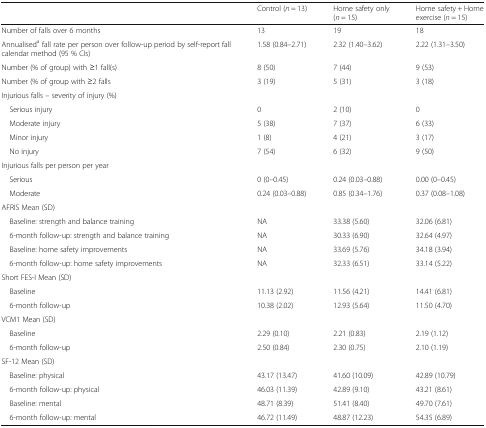
<table><thead><tr><td></td><td><b>Control (<i>n</i> = 13)</b></td><td><b>Home safety only (<i>n</i> = 15)</b></td><td><b>Home safety + Home exercise (<i>n</i> = 15)</b></td></tr></thead><tbody><tr><td>Number of falls over 6 months</td><td>13</td><td>19</td><td>18</td></tr><tr><td>Annualised<sup>a</sup> fall rate per person over follow-up period by self-report fall calendar method (95 % CIs)</td><td>1.58 (0.84–2.71)</td><td>2.32 (1.40–3.62)</td><td>2.22 (1.31–3.50)</td></tr><tr><td>Number (% of group) with ≥1 fall(s)</td><td>8 (50)</td><td>7 (44)</td><td>9 (53)</td></tr><tr><td>Number (% of group with ≥2 falls</td><td>3 (19)</td><td>5 (31)</td><td>3 (18)</td></tr><tr><td colspan="4">Injurious falls – severity of injury (%)</td></tr><tr><td> Serious injury</td><td>0</td><td>2 (10)</td><td>0</td></tr><tr><td> Moderate injury</td><td>5 (38)</td><td>7 (37)</td><td>6 (33)</td></tr><tr><td> Minor injury</td><td>1 (8)</td><td>4 (21)</td><td>3 (17)</td></tr><tr><td> No injury</td><td>7 (54)</td><td>6 (32)</td><td>9 (50)</td></tr><tr><td colspan="4">Injurious falls per person per year</td></tr><tr><td> Serious</td><td>0 (0–0.45)</td><td>0.24 (0.03–0.88)</td><td>0.00 (0–0.45)</td></tr><tr><td> Moderate</td><td>0.24 (0.03–0.88)</td><td>0.85 (0.34–1.76)</td><td>0.37 (0.08–1.08)</td></tr><tr><td colspan="4">AFRIS Mean (SD)</td></tr><tr><td> Baseline: strength and balance training</td><td>NA</td><td>33.38 (5.60)</td><td>32.06 (6.81)</td></tr><tr><td> 6-month follow-up: strength and balance training</td><td>NA</td><td>30.33 (6.90)</td><td>32.64 (4.97)</td></tr><tr><td> Baseline: home safety improvements</td><td>NA</td><td>33.69 (5.76)</td><td>34.18 (3.94)</td></tr><tr><td> 6-month follow-up: home safety improvements</td><td>NA</td><td>32.33 (6.51)</td><td>33.14 (5.22)</td></tr><tr><td colspan="4">Short FES-I Mean (SD)</td></tr><tr><td> Baseline</td><td>11.13 (2.92)</td><td>11.56 (4.21)</td><td>14.41 (6.81)</td></tr><tr><td> 6-month follow-up</td><td>10.38 (2.02)</td><td>12.93 (5.64)</td><td>11.50 (4.70)</td></tr><tr><td colspan="4">VCM1 Mean (SD)</td></tr><tr><td> Baseline</td><td>2.29 (0.10)</td><td>2.21 (0.83)</td><td>2.19 (1.12)</td></tr><tr><td> 6-month follow-up</td><td>2.50 (0.84)</td><td>2.30 (0.75)</td><td>2.10 (1.19)</td></tr><tr><td colspan="4">SF-12 Mean (SD)</td></tr><tr><td> Baseline: physical</td><td>43.17 (13.47)</td><td>41.60 (10.09)</td><td>42.89 (10.79)</td></tr><tr><td> 6-month follow-up: physical</td><td>46.03 (11.39)</td><td>42.89 (9.10)</td><td>43.21 (8.61)</td></tr><tr><td> Baseline: mental</td><td>48.71 (8.39)</td><td>51.41 (8.40)</td><td>49.70 (7.61)</td></tr><tr><td> 6-month follow-up: mental</td><td>46.72 (11.49)</td><td>48.87 (12.23)</td><td>54.35 (6.89)</td></tr></tbody></table>